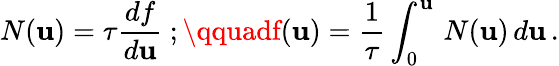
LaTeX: N(\mathbf{u})=\tau{\frac{{df}}{{d\mathbf{u}}}}\ ;\qquadf(\mathbf{u})={\frac{{1}}{{\tau}}}\int_{0}^{\mathbf{u}}\, N(\mathbf{u})\, d\mathbf{u}\, .